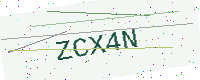
Text: ZCX4N